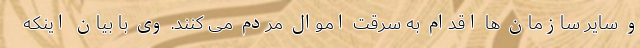
و سایر سازمان ها اقدام به سرقت اموال مردم می کنند. وی با بیان اینکه